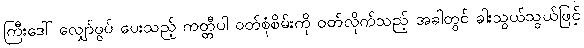
ကြီးဒေါ် လျှော်ဖွပ် ပေးသည့် ကတ္တီပါ ဝတ်စုံစိမ်းကို ဝတ်လိုက်သည့် အခါတွင် ခါးသွယ်သွယ်ဖြင့်